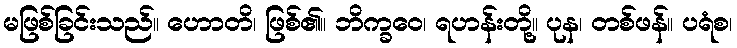
မဖြစ်ခြင်းသည်။ ဟောတိ၊ ဖြစ်၏။ ဘိက္ခဝေ၊ ရဟန်းတို့။ ပုန၊ တစ်ဖန်။ ပရံစ၊